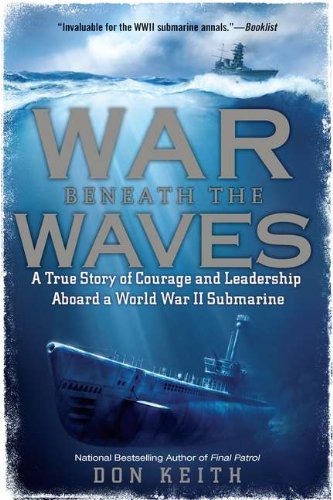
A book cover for War Beneath the Waves: A True Story of Courage and Leadership Aboard a World War II Submarine; Don Keith; History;